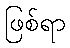
ဖြစ်ရာ